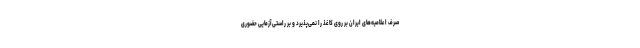
صرف اعلامیه‌های ایران بر روی کاغذ را نمی‌پذیرد و بر راستی‌آزمایی حضوری